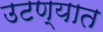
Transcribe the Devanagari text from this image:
उटण्यात